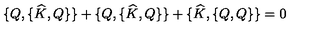
\{ Q , \{ \widehat { K } , Q \} \} + \{ Q , \{ \widehat { K } , Q \} \} + \{ \widehat { K } , \{ Q , Q \} \} = 0